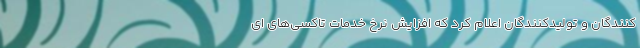
کنندگان و تولیدکنندگان اعلام کرد که افزایش نرخ خدمات تاکسی‌های ای